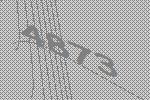
4873